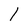
Character: 1